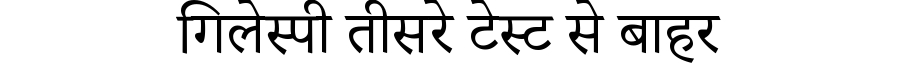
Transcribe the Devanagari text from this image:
गिलेस्पी तीसरे टेस्ट से बाहर